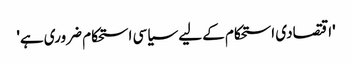
'اقتصادی استحکام کے لیے سیاسی استحکام ضروری ہے'